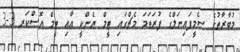
މުބާރާތުގެ ސެމީފައިނަލްގެ ފުރަތަމަ މެޗްގައި ޓީމް ޔެންކީ އާއި ޓީމް އޮސްކަރ 3-3